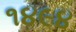
૧૪૯૪